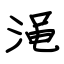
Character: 渑